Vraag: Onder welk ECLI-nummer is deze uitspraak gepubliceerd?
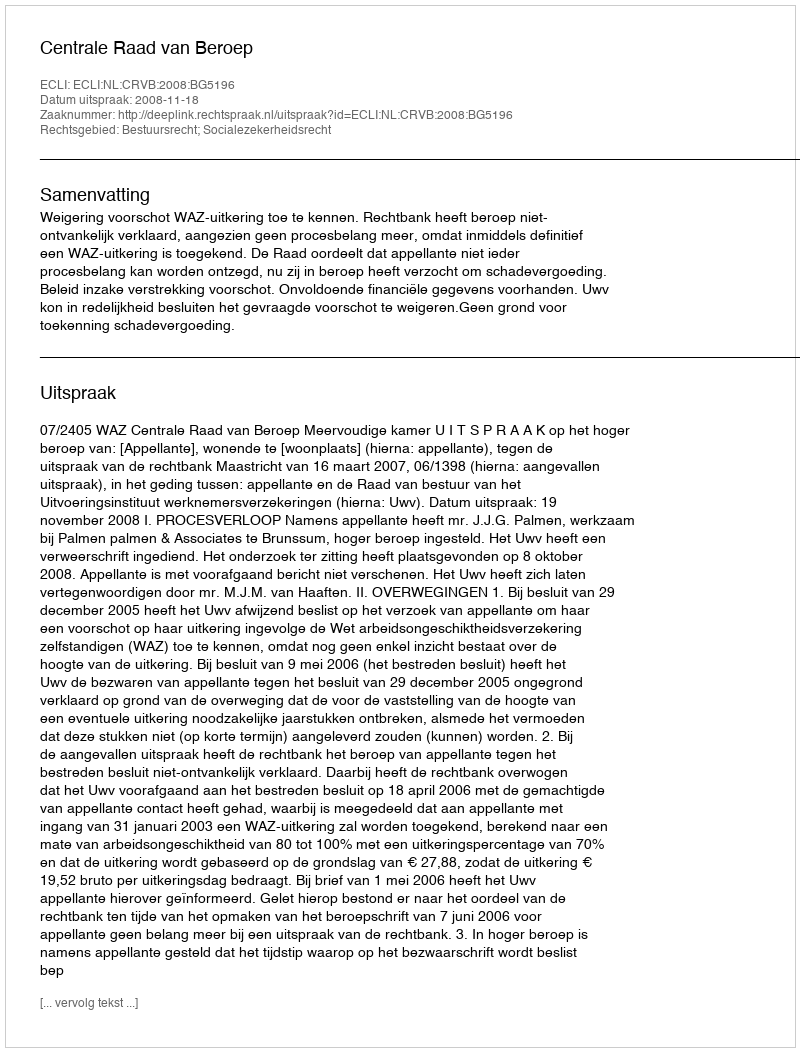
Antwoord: ECLI:NL:CRVB:2008:BG5196